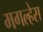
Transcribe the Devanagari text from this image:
मगल्हेस